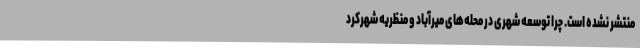
منتشر نشده است. چرا توسعه شهری در محله‌های میرآباد و منظریه شهرکرد